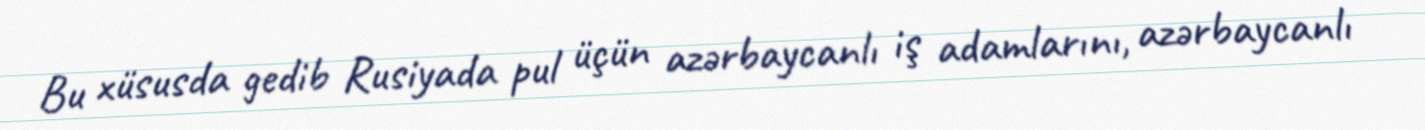
Bu xüsusda gedib Rusiyada pul üçün azərbaycanlı iş adamlarını, azərbaycanlı